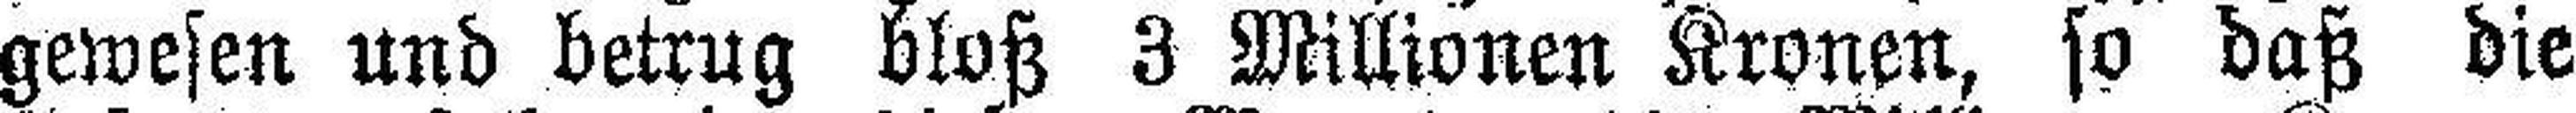
gewesen und betrug bloß 3 Millionen Kronen, so daß die